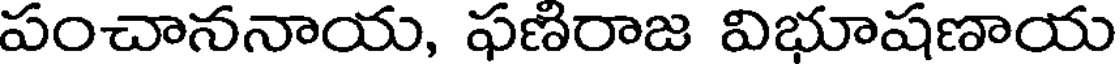
పంచాననాయ, ఫణిరాజ విభూషణాయ